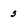
Character: 3